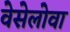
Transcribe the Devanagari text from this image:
वेसेलोवा